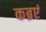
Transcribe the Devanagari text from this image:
कब्रएं